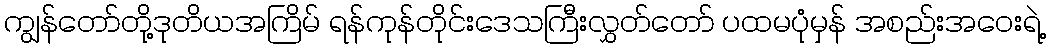
ကျွန်တော်တို့ဒုတိယအကြိမ် ရန်ကုန်တိုင်းဒေသကြီးလွှတ်တော် ပထမပုံမှန် အစည်းအဝေးရဲ့